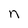
Character: n